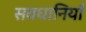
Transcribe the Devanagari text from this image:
सवधानियाँ